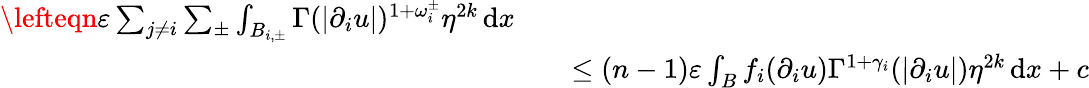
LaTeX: \begin{array}{rlr}{\lefteqn{\varepsilon\sum_{j\not=i}\sum_{\pm}\int_{B_{i,\pm}}\Gamma(|\partial_{i}u|)^{1+\omega_{i}^{\pm}}\eta^{2k}\, \mathrm{d}x}}\\ &{}&{\leq(n-1)\varepsilon\int_{B}f_{i}(\partial_{i}u)\Gamma^{1+\gamma_{i}}(|\partial_{i}u|)\eta^{2k}\, \mathrm{d}x+c}\end{array}